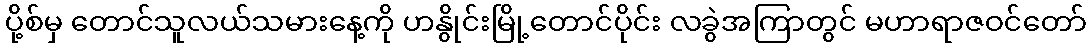
ပို့စ်မှ တောင်သူလယ်သမားနေ့ကို ဟနွိုင်းမြို့တောင်ပိုင်း လခွဲအကြာတွင် မဟာရာဇဝင်တော်